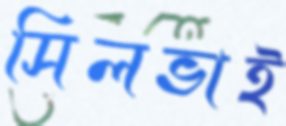
সিলভাই